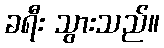
ခရီး သွားသည်။